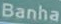
Banha